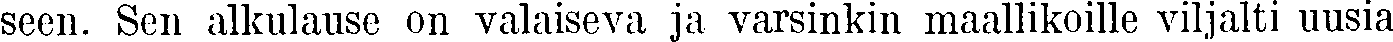
seen. Sen alkulause on valaiseva ja varsinkin maallikoille viljalti uusia